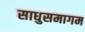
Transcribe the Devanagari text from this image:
साधुसमागम